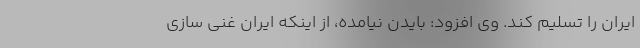
ایران را تسلیم کند. وی افزود: بایدن نیامده، از اینکه ایران غنی سازی